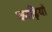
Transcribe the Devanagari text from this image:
काड़ियों